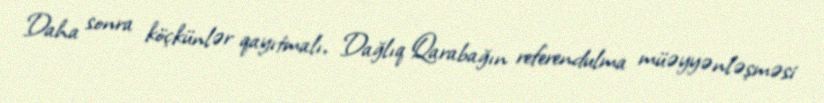
Daha sonra köçkünlər qayıtmalı, Dağlıq Qarabağın referendulma müəyyənləşməsi